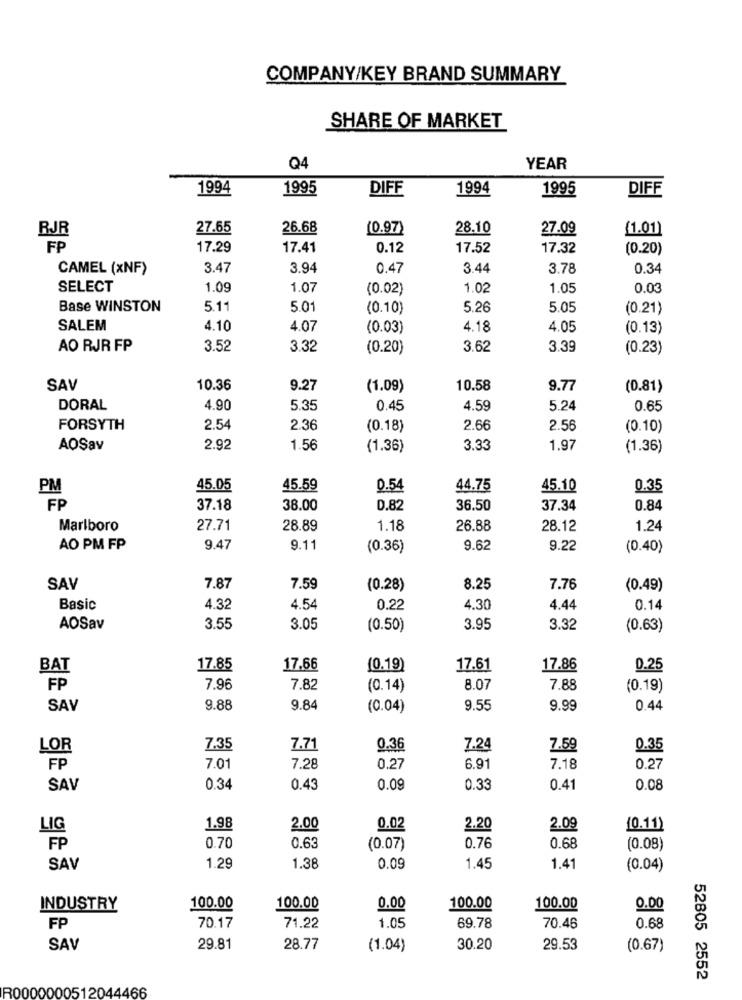
COMPANY/KEY BRAND SUMMARY
SHARE OF MARKET
Q4
YEAR
1994
1995
DIFF
1994
1995
DIFF
RJR
27.65
26.68
(0.97)
28.10
27.09
{1.01)
FP
17.29
17.41
0.12
17.52
17.32
(0.20)
CAMEL (xNF)
3.47
3.94
0.47
3.44
3.78
0.34
SELECT
1.09
1.07
(0.02)
1.02
1.05
0.03
Base WINSTON
5.11
5.01
(0.10)
5.26
5.05
(0.21)
SALEM
4.10
4.07
(0.03)
4.18
4.05
(0.13)
AO RJR FP
3.52
3.32
(0.20)
3.62
3.39
(0.23)
SAV
10.36
9.27
(1.09)
10.58
9.77
(0.81)
DORAL
4.90
5.35
0.45
4.59
5.24
0.65
FORSYTH
2.54
2.36
(0.18)
2.66
2.56
(0.10)
AOSav
2.92
1.56
(1.36)
3.33
1.97
(1.36)
PM
45.05
45.59
0.54
44.75
45.10
0.35
FP
37.18
38.00
0.82
36.50
37.34
0.84
Marlboro
27.71
28.89
1.18
26.88
28.12
1.24
AO PM FP
9.47
9.11
(0.36)
9.62
9.22
(0.40)
SAV
7.87
7.59
(0.28)
8.25
7.76
(0.49)
Basic
4.32
4.54
0.22
4.30
4.44
0.14
AOSav
3.55
3.05
(0.50)
3.95
3.32
(0.63)
BAT
17.85
17.66
(0.19)
17.61
17.86
0.25
FP
7.96
7.82
(0.14)
8.07
7.88
(0.19)
SAV
9.88
9.84
(0.04)
9.55
9.99
0.44
LOR
7.35
7.71
0.36
7.24
7.59
0.35
FP
7.01
7.28
0.27
6.91
7.18
0.27
SAV
0.34
0.43
0.09
0.33
0.41
0.08
LIG
1.98
2.00
0.02
2.20
2.09
(0.11)
FP
0.70
0.63
(0.07)
0.76
0.68
(0.08)
SAV
1.29
1.38
0.09
1.45
1.41
(0.04)
INDUSTRY
100.00
100.00
0.00
100.00
100.00
0.00
70.17
FP
71.22
1.05
69.78
70.46
0.68
SAV
29.81
28.77
(1.04)
30.20
29.53
(0.67)
52805 2552
R0000000512044466